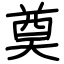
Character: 奠